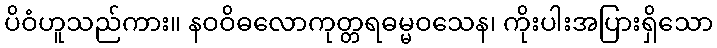
ပိဝံဟူသည်ကား။ နဝဝိဓလောကုတ္တရဓမ္မဝသေန၊ ကိုးပါးအပြားရှိသော